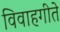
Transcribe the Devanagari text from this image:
विवाहगीते